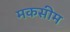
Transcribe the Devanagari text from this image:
मकसीम